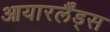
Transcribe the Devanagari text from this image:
आयारर्लैंड्स